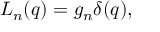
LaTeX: { \cal L } _ { n } ( q ) = g _ { n } \delta ( q ) ,